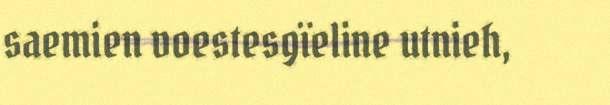
saemien voestesgïeline utnieh,